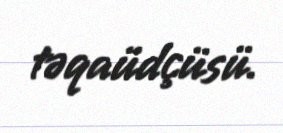
təqaüdçüsü.